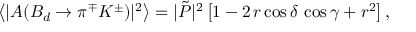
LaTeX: \left\langle | A ( B _ { d } \to \pi ^ { \mp } K ^ { \pm } ) | ^ { 2 } \right\rangle = | \tilde { P } | ^ { 2 } \left[ 1 - 2 \, r \cos \delta \, \cos \gamma + r ^ { 2 } \right] ,